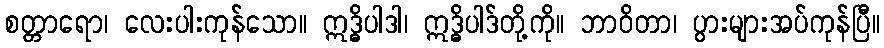
စတ္တာရော၊ လေးပါးကုန်သော။ ဣဒ္ဓိပါဒါ၊ ဣဒ္ဓိပါဒ်တို့ကို။ ဘာဝိတာ၊ ပွားများအပ်ကုန်ပြီ။